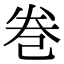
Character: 巻